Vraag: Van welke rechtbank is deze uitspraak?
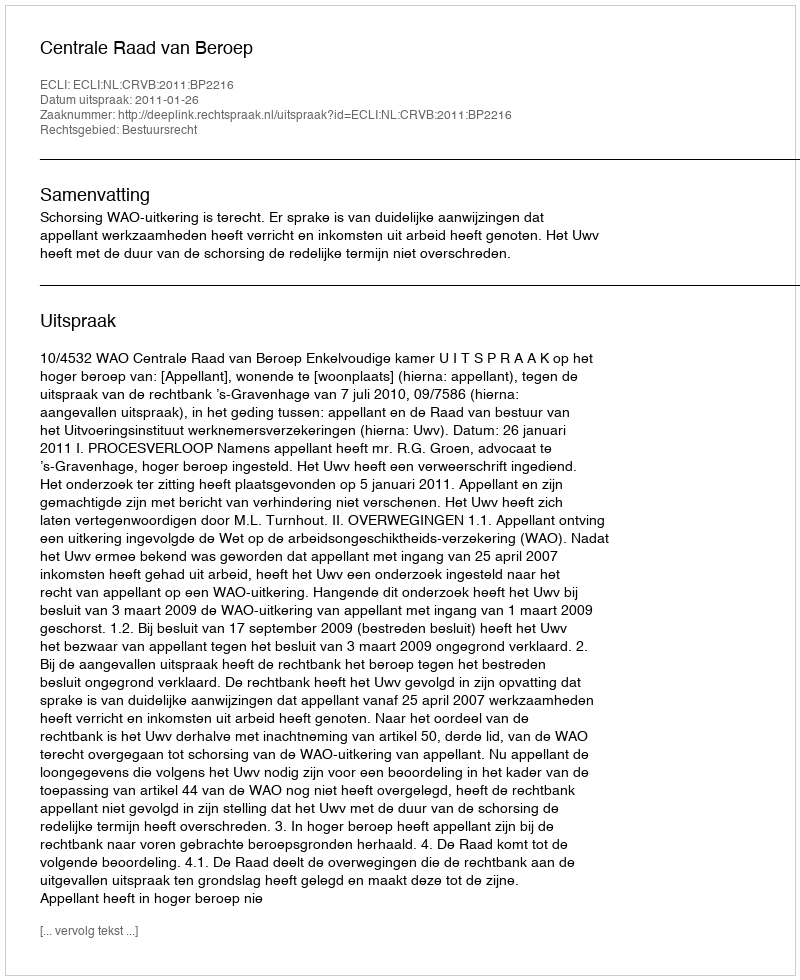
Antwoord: Centrale Raad van Beroep